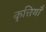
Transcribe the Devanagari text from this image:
कृत्तियाँ